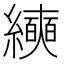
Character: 𰫵